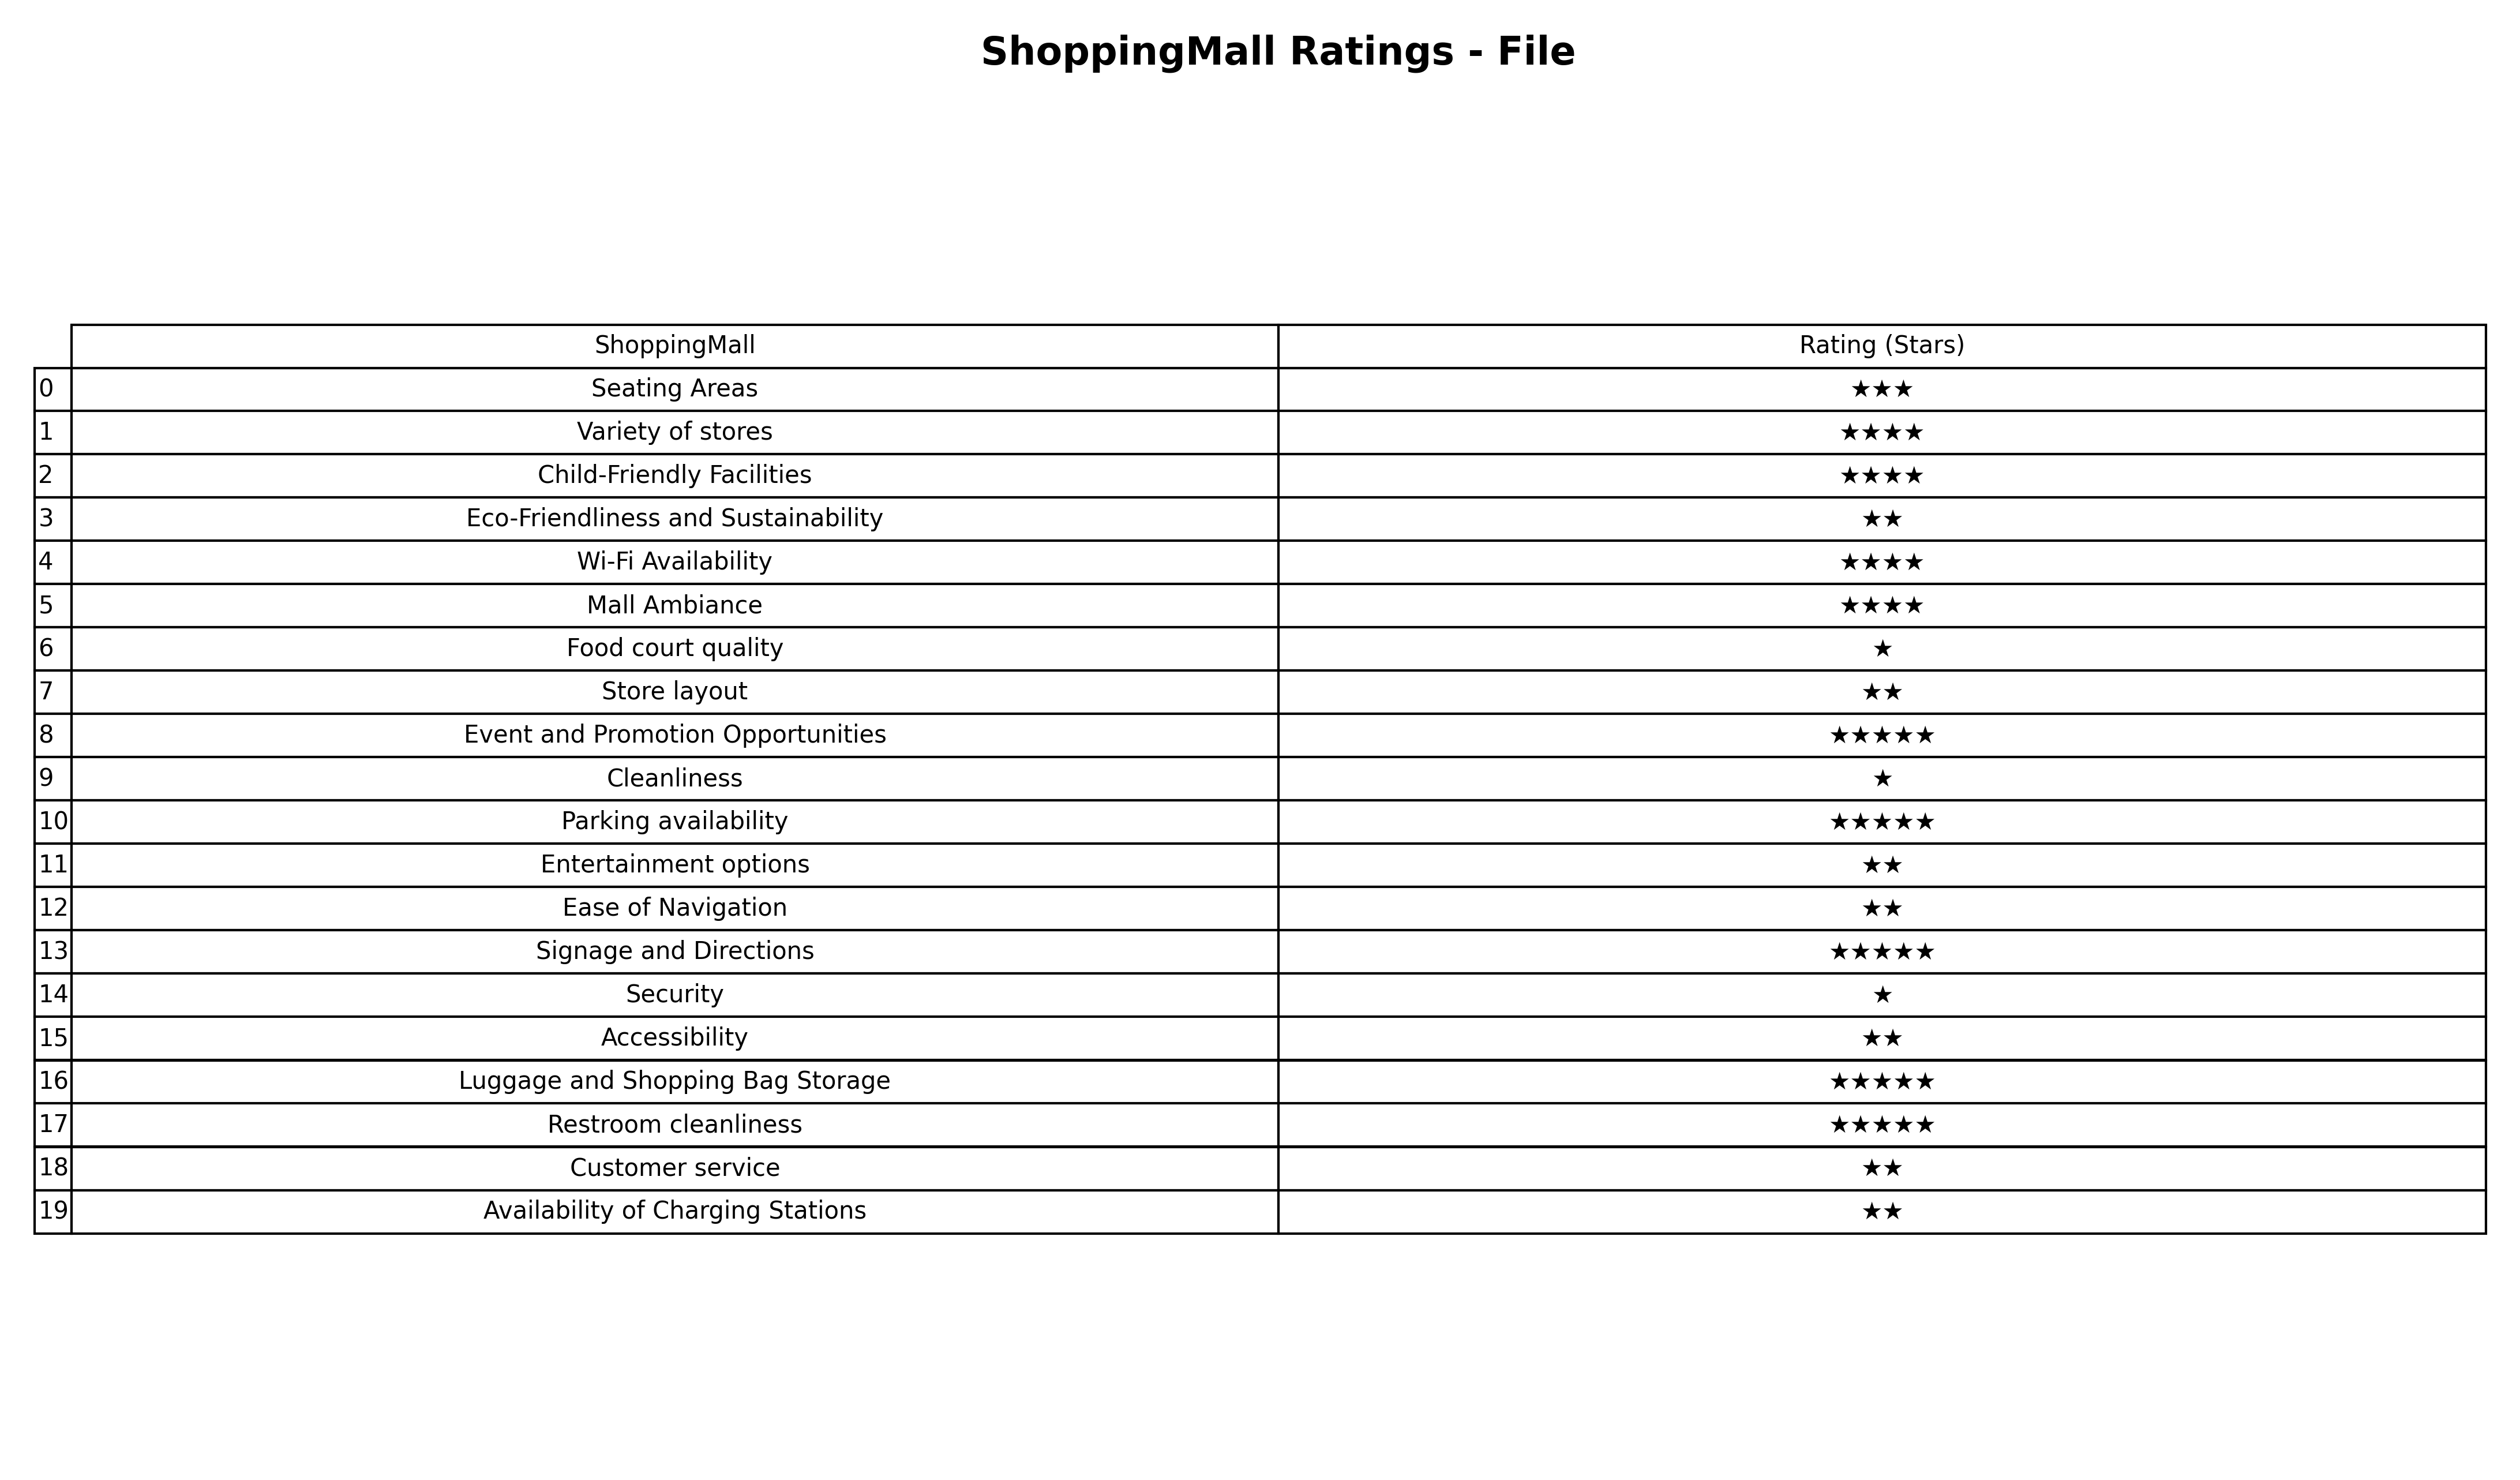
question: What are two star services?
answer: Eco-Friendliness and SustainabilityStore layoutEntertainment optionsEase of NavigationAccessibilityCustomer serviceAvailability of Charging Stations